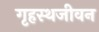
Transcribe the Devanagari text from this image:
गृहस्थजीवन